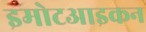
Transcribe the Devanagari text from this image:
इमोटआइकन